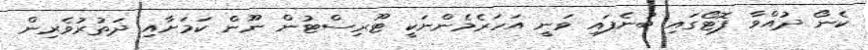
ކެނޯ ދުއްވާ ފޮޓޯގައި ބުނެފައި ވަނީ އަހަރެމެންނަކީ ޓޫރިސްޓުން ނޫން ކަމަށާއި ދަތުރުވެރިން